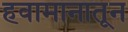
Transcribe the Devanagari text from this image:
हवामानातून